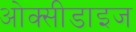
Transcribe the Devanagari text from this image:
ओक्सीडाइज